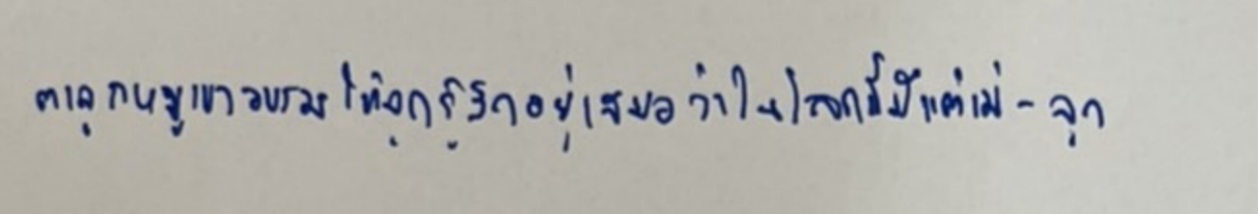
ตาลูกหมูเขาอบรมให้ลูกรู้สึกอยู่เสมอว่าในโลกนี้มีแต่แม่-ลูก